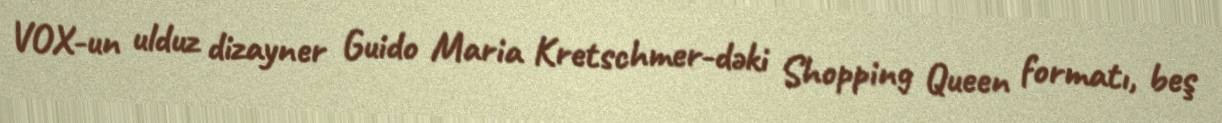
VOX-un ulduz dizayner Guido Maria Kretschmer-dəki Shopping Queen formatı, beş